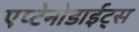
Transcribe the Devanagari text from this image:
एप्टेनोडाईट्स